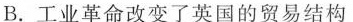
B.工业革命改变了英国的贸易结构